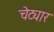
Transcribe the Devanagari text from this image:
चेट्यार